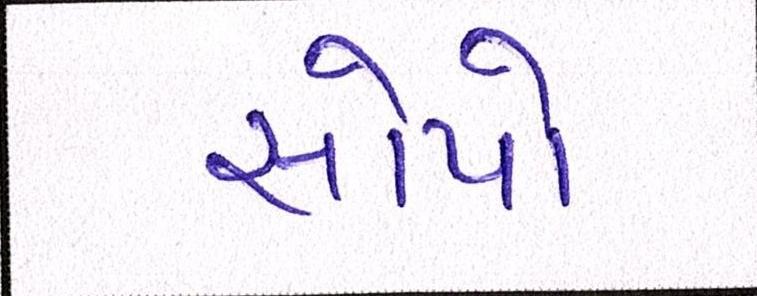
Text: સોપો